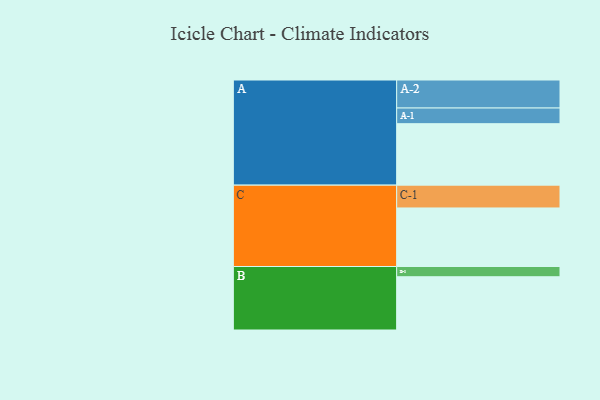
{"axis": {"x": "Segment", "y": "Value"}, "legend": ["", "A", "B", "C"], "data": [{"x": "A", "y": 509, "type": ""}, {"x": "B", "y": 441, "type": ""}, {"x": "C", "y": 485, "type": ""}, {"x": "A-1", "y": 130, "type": "A"}, {"x": "A-2", "y": 232, "type": "A"}, {"x": "B-1", "y": 85, "type": "B"}, {"x": "C-1", "y": 189, "type": "C"}]}